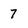
Character: 7